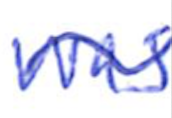
Text: was
Cross-out: mix
Writing tool: ballpoint